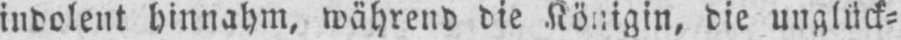
die unglück⸗